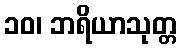
၁၀၊ ဘရိယာသုတ္တ